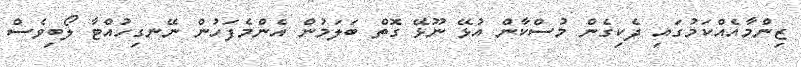
ޒިންމާއެއްކަމުގައި ދެކިގެން މުސްކާން އުޅޭ ނޫޅޭ ގޮތް ބަލަމުން އެންމެފަހުން ނޭނގިހުއްޓާ ލޯބިވެސް